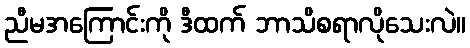
ညီမအကြောင်းကို ဒီထက် ဘာသိစရာလိုသေးလဲ။